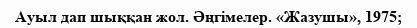
Ауыл дап шыққан жол. Әңгімелер. «Жазушы», 1975;